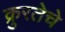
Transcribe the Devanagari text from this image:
क्रुरतेचे